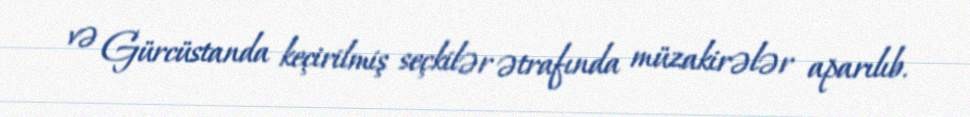
və Gürcüstanda keçirilmiş seçkilər ətrafında müzakirələr aparılıb.